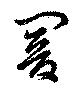
闇